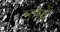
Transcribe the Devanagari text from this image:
भाष्यें